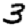
Digit: 3